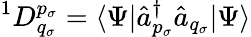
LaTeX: {}^{1}D_{q_{\sigma}}^{p_{\sigma}}=\langle\Psi|\hat{a}_{p_{\sigma}}^{\dagger}\hat{a}_{q_{\sigma}}|\Psi\rangle